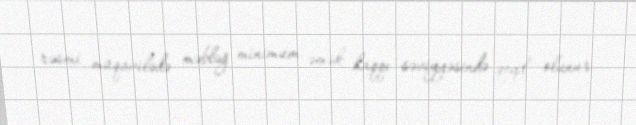
rəsmi müqavilədə məbləğ minimum əmək haqqı səviyyəsində qeyd olunur.